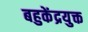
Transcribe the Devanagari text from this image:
बहुकेंद्रयुक्त